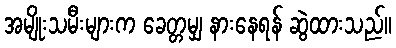
အမျိုးသမီးများက ခေတ္တမျှ နားနေရန် ဆွဲထားသည်။